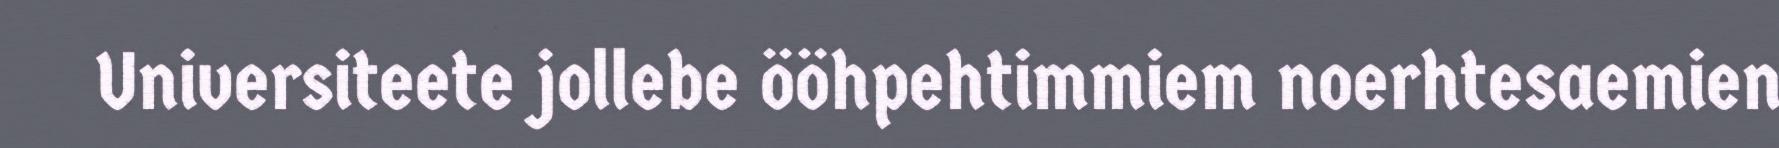
Universiteete jollebe ööhpehtimmiem noerhtesaemien